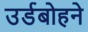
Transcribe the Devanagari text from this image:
उर्डबोहने